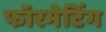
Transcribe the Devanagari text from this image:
फॉरमेटिंग